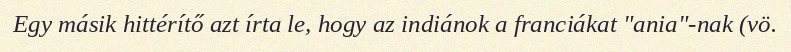
Egy másik hittérítő azt írta le, hogy az indiánok a franciákat "ania"-nak (vö.